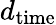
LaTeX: d_{\mathrm{time}}